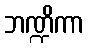
ဘဏ္ဍိကာ